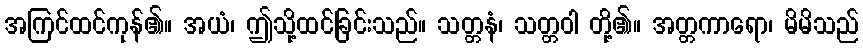
အကြင်ထင်ကုန်၏။ အယံ၊ ဤသို့ထင်ခြင်းသည်။ သတ္တနံ၊ သတ္တဝါ တို့၏။ အတ္တကာရော၊ မိမိသည်